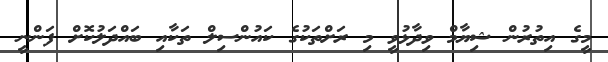
މީގެ އިތުރުން ޝިޔާމް ވިދާޅުވީ މި ރަށްތަކުގެ ކައުންސިލް ތަކާއި ބައްދަލުކޮށް ފަންނީ